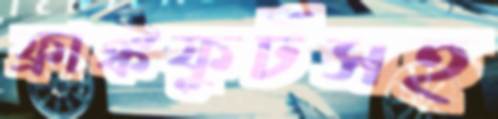
ফ্রাঙ্কফুর্টসহ